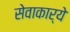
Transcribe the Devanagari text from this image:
सेवाकार्ये